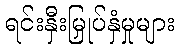
ရင်းနှီးမြှုပ်နှံမှုများ